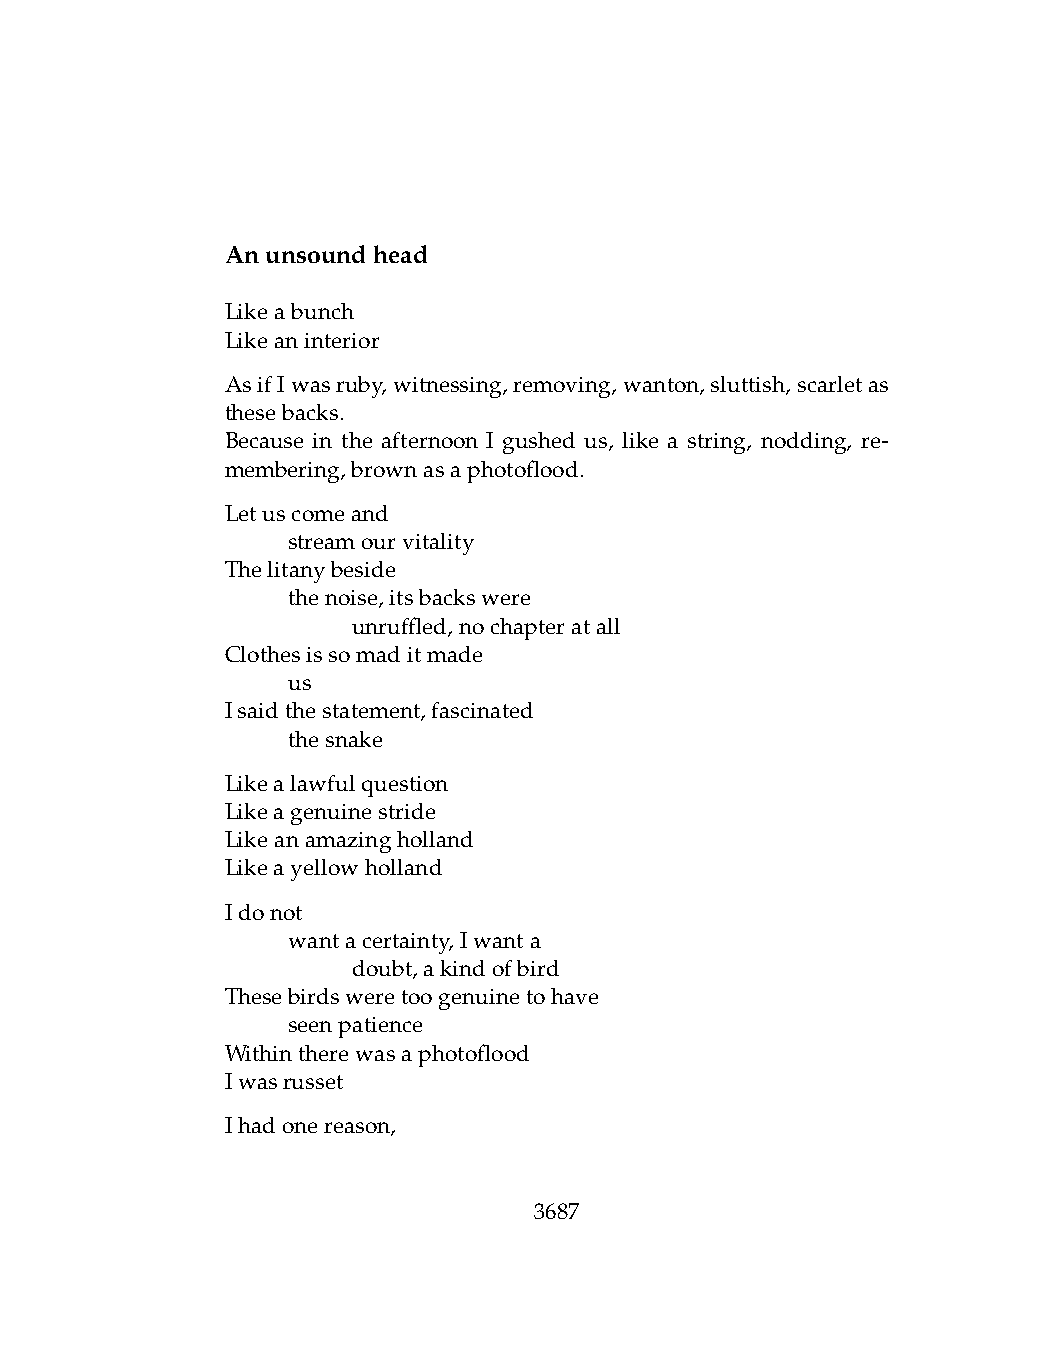
Anunsoundhead
 Likeabunch
 Likeaninterior
 AsifIwasruby,witnessing,removing,wanton,sluttish,scarletas
 thesebacks.
 Because in the afternoon I gushed us, like a string, nodding, re-
 membering,brownasaphotoflood.
 Letuscomeand
 .   streamourvitality
 Thelitanybeside
 .   thenoise,itsbackswere
 .   .   unruffled,nochapteratall
 Clothesissomaditmade
 .   us
 Isaidthestatement,fascinated
 .   thesnake
 Likealawfulquestion
 Likeagenuinestride
 Likeanamazingholland
 Likeayellowholland
 Idonot
 .   wantacertainty,Iwanta
 .   .   doubt,akindofbird
 Thesebirdsweretoogenuinetohave
 .   seenpatience
 Withintherewasaphotoflood
 Iwasrusset
 Ihadonereason,
 3687